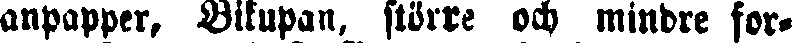
anpapper. Bikupan, större och mindre for-